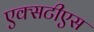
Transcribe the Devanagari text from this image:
एक्सटीएस